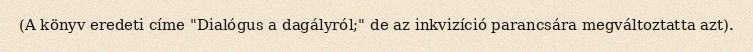
(A könyv eredeti címe "Dialógus a dagályról;" de az inkvizíció parancsára megváltoztatta azt).